Lunatic asylums Central Provinces reports 1895-1909 - 1895-1909
Year: 1895
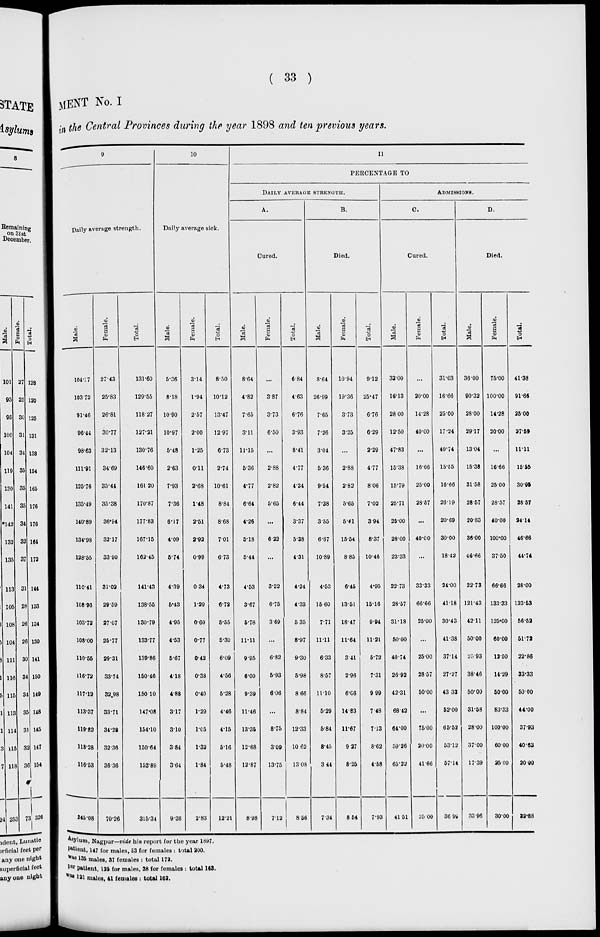
( 33 )
MENT No. I
in the Central Provinces during the year 1898 and ten previous years.
9
Daily average strength.
Male.
104.17
103.72
91.46
96.44
98.63
111.91
125.76
135.49
140.89
134.98
128.55
110.41
108.96
103.72
108.00
110.55
116.72
117.12
113.37
119.82
118.28
116.53
245.08
Female.
27.43
25.83
26.81
30.77
32.13
34.69
35.44
35.38
36.94
32.17
33.90
31.02
29.59
27.07
25.77
29.31
33.74
32 .98
33.71
34.28
32.36
36.36
70.26
Total.
131.60
129.55
118.27
127.21
130.76
146.60
161.20
170.87
177.83
167.15
162.45
141.43
138.55
130.79
133.77
139.86
150.46
150.10
147.08
154.10
150.64
152.89
315.34
10
Daily average sick.
Male.
5.36
8.18
10.90
10.97
5.48
2.63
7.93
7.36
6.17
4.09
5.74
4.39
5.43
4.95
4.53
5.67
4.18
4.88
3.17
3.10
3.84
3.64
9.38
Female.
3.14
1.94
2.57
2.00
1.25
0.11
2.68
1.48
2.51
2.92
0.99
0.34
1.29
0.60
0.77
0.42
0.38
0.40
1.29
1.05
1.32
1.84
2.83
Total.
8.50
10.12
13.47
12.97
6.73
2.74
10.61
8.84
8.68
7.01
6.73
4.73
6.72
5.55
5.30
6.09
4.56
5.28
4.46
4.15
5.16
5.48
12.21
11
PERCENTAGE TO
DAILY
AVERAGE STRENGTH.
A.
Cured.
Male.
8.64
4.82
7.65
3.11
11.15
5.36
4.77
6.64
4.26
5.18
5.44
4.53
3.67
5.78
11.11
9.95
6.00
9.39
11.46
13.35
12.68
12.87
8.98
Female.
...
3.87
3.73
6.50
...
2.88
2.82
5.65
...
6.22
...
3.22
6.75
3.69
...
6.82
5.93
6.06
...
8.75
3.09
13.75
7.12
Total.
6.84
4.63
6.76
3.93
8.41
4.77
4.34
6.44
3.37
5.38
4.31
4.24
4.33
5. 35
8.97
9.30
5.98
8.66
8.84
12.33
10.62
13.08
8.56
B.
Died.
Male.
8.64
26.99
7.65
7.26
3.04
5.36
9.54
7.38
3.55
6.67
10.89
4.53
15.60
7.71
11.11
6.33
8.57
11.10
5.29
5.84
8.45
3.44
7.34
Female.
10.94
19.36
3.73
3.25
...
2.88
2.82
5.65
5.41
15.54
8.85
6.45
13.51
18.47
11.64
3.41
2.96
6.06
14.83
11.67
9.27
8.25
8.54
Total.
9.12
25.47
6.76
6.29
2.29
4.77
8.06
7.02
3.94
8.37
10.46
4.95
15.16
9.94
11.21
5.72
7.31
9.99
7.48
7.13
8.62
4.58
7.93
ADMISSIONS.
C.
Cured.
Male.
33.00
16.13
28 00
12.50
47.83
15.38
15.79
25.71
25.00
28.00
23.33
22.73
28.57
31.18
50.00
40.74
26.92
42.31
68.42
64.00
59.26
65.22
41 .51
Female.
...
20.00
14.28
40.00
...
16.66
25.00
28.57
...
40.00
...
33.33
66.66
25.00
...
25.00
28.57
50.00
...
75.00
20.00
41.66
25.00
Total.
31.03
16.66
25.00
17.24
40.74
15.55
16.66
26.19
20.69
30.00
18.42
24.00
41.18
30.43
41.38
37.14
27.27
43.33
52.00
65.52
53.12
57.14
36.99
D.
Died.
Male.
36.00
90.32
28.00
29.17
13.04
15.38
31.58
28.57
20.83
36.00
46.66
22.73
121.43
42.11
50.00
25.93
38.46
50.00
31.58
28.00
37.00
17.39
33.96
Female.
75.00
100.00
14.28
20.00
...
16.66
25.00
28.57
40.00
100.00
37.50
66.66
133.33
125.00
60.00
12.50
14.29
50.00
83.33
100.00
60.00
25.00
30.00
Total.
41.38
91.66
25.00
27.59
11.11
15.55
30.95
28.57
24.14
46.66
44.74
28.00
123.53
56.52
51.72
22.86
33.33
50.00
44.00
37.93
40.63
20.00
32.88
Asylum, Nagpur—vide his report for the year 1897.
patieat, 147 for males, 53 for females : total. 200.
was 135 males, 37 females : total 172.
per patient, 125 for males, 38 for females : total 163.
was 121 males, 41 females : total 162.